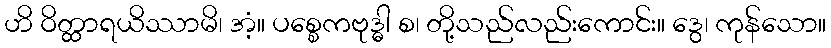
ဟိ ဝိတ္ထာရယိဿာမိ၊ အံ့။ ပစ္စေကဗုဒ္ဓါ စ၊ တို့သည်လည်းကောင်း။ ဒွေ၊ ကုန်သော။